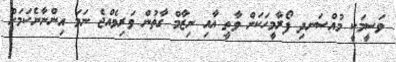
ވަސީމަކީ މުއްސަނދި ފޯރާމީހަކަށް ވާތީ އާއި ނިޒާމް ގާތުން ވަރިވެއްޖެ ނަމަ އިންނާނެކަމަށް